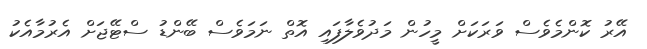
އޭރު ކޮންމެވެސް ވަރަކަށް މީހުން މަދުވެލާފައި އޮތް ނަމަވެސް ބޭންޑު ސްޓޭޖަށް އެރުމާއެކު